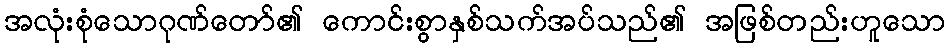
အလုံးစုံသောဂုဏ်တော်၏ ကောင်းစွာနှစ်သက်အပ်သည်၏ အဖြစ်တည်းဟူသော